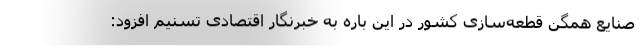
صنایع همگن قطعه‌سازی کشور در این باره به خبرنگار اقتصادی تسنیم افزود: